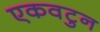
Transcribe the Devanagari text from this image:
एकवटुन